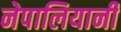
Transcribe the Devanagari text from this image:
नेपालियानी